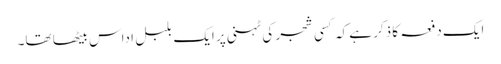
ایک دفعہ کا ذکر ہے کہ کسی شجر کی ٹہنی پر ایک بلبل اداس بیٹھا تھا۔